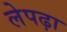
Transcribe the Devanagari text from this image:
लेपढ़ा